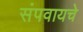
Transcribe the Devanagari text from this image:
संपवायचे